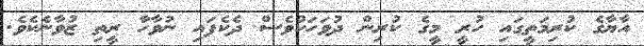
އާޔާގެ ކުރިމަތީގައި ހުރީ މީގެ ކުރިން ދުވަހަކުވެސް ދެކެފައި ނުވާހާ ރީތި ޒުވާނެކެވެ.